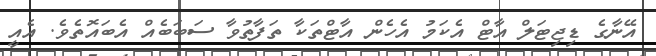
އޭނާގެ ޑިޖިޓަލް އާޓް އެކަމު އެހެން އާޓްތަކާ ތަފާތުވާ ސަބަބެއް އެބައޮތެވެ. އެއީ